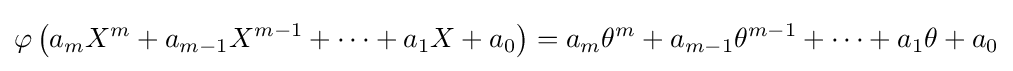
\varphi \left(a_{m}X^{m}+a_{m-1}X^{m-1}+\cdots +a_{1}X+a_{0}\right)=a_{m}\theta ^{m}+a_{m-1}\theta ^{m-1}+\cdots +a_{1}\theta +a_{0}